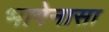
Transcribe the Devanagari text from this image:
भागेनासा